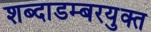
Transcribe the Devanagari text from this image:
शब्दाडम्बरयुक्त